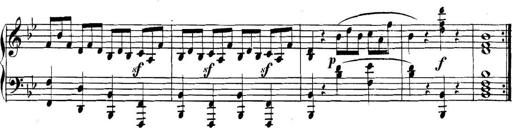
Title: Collected Piano Sonatas
Composer: Muzio Clementi